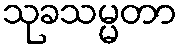
သုခသမ္မတာ